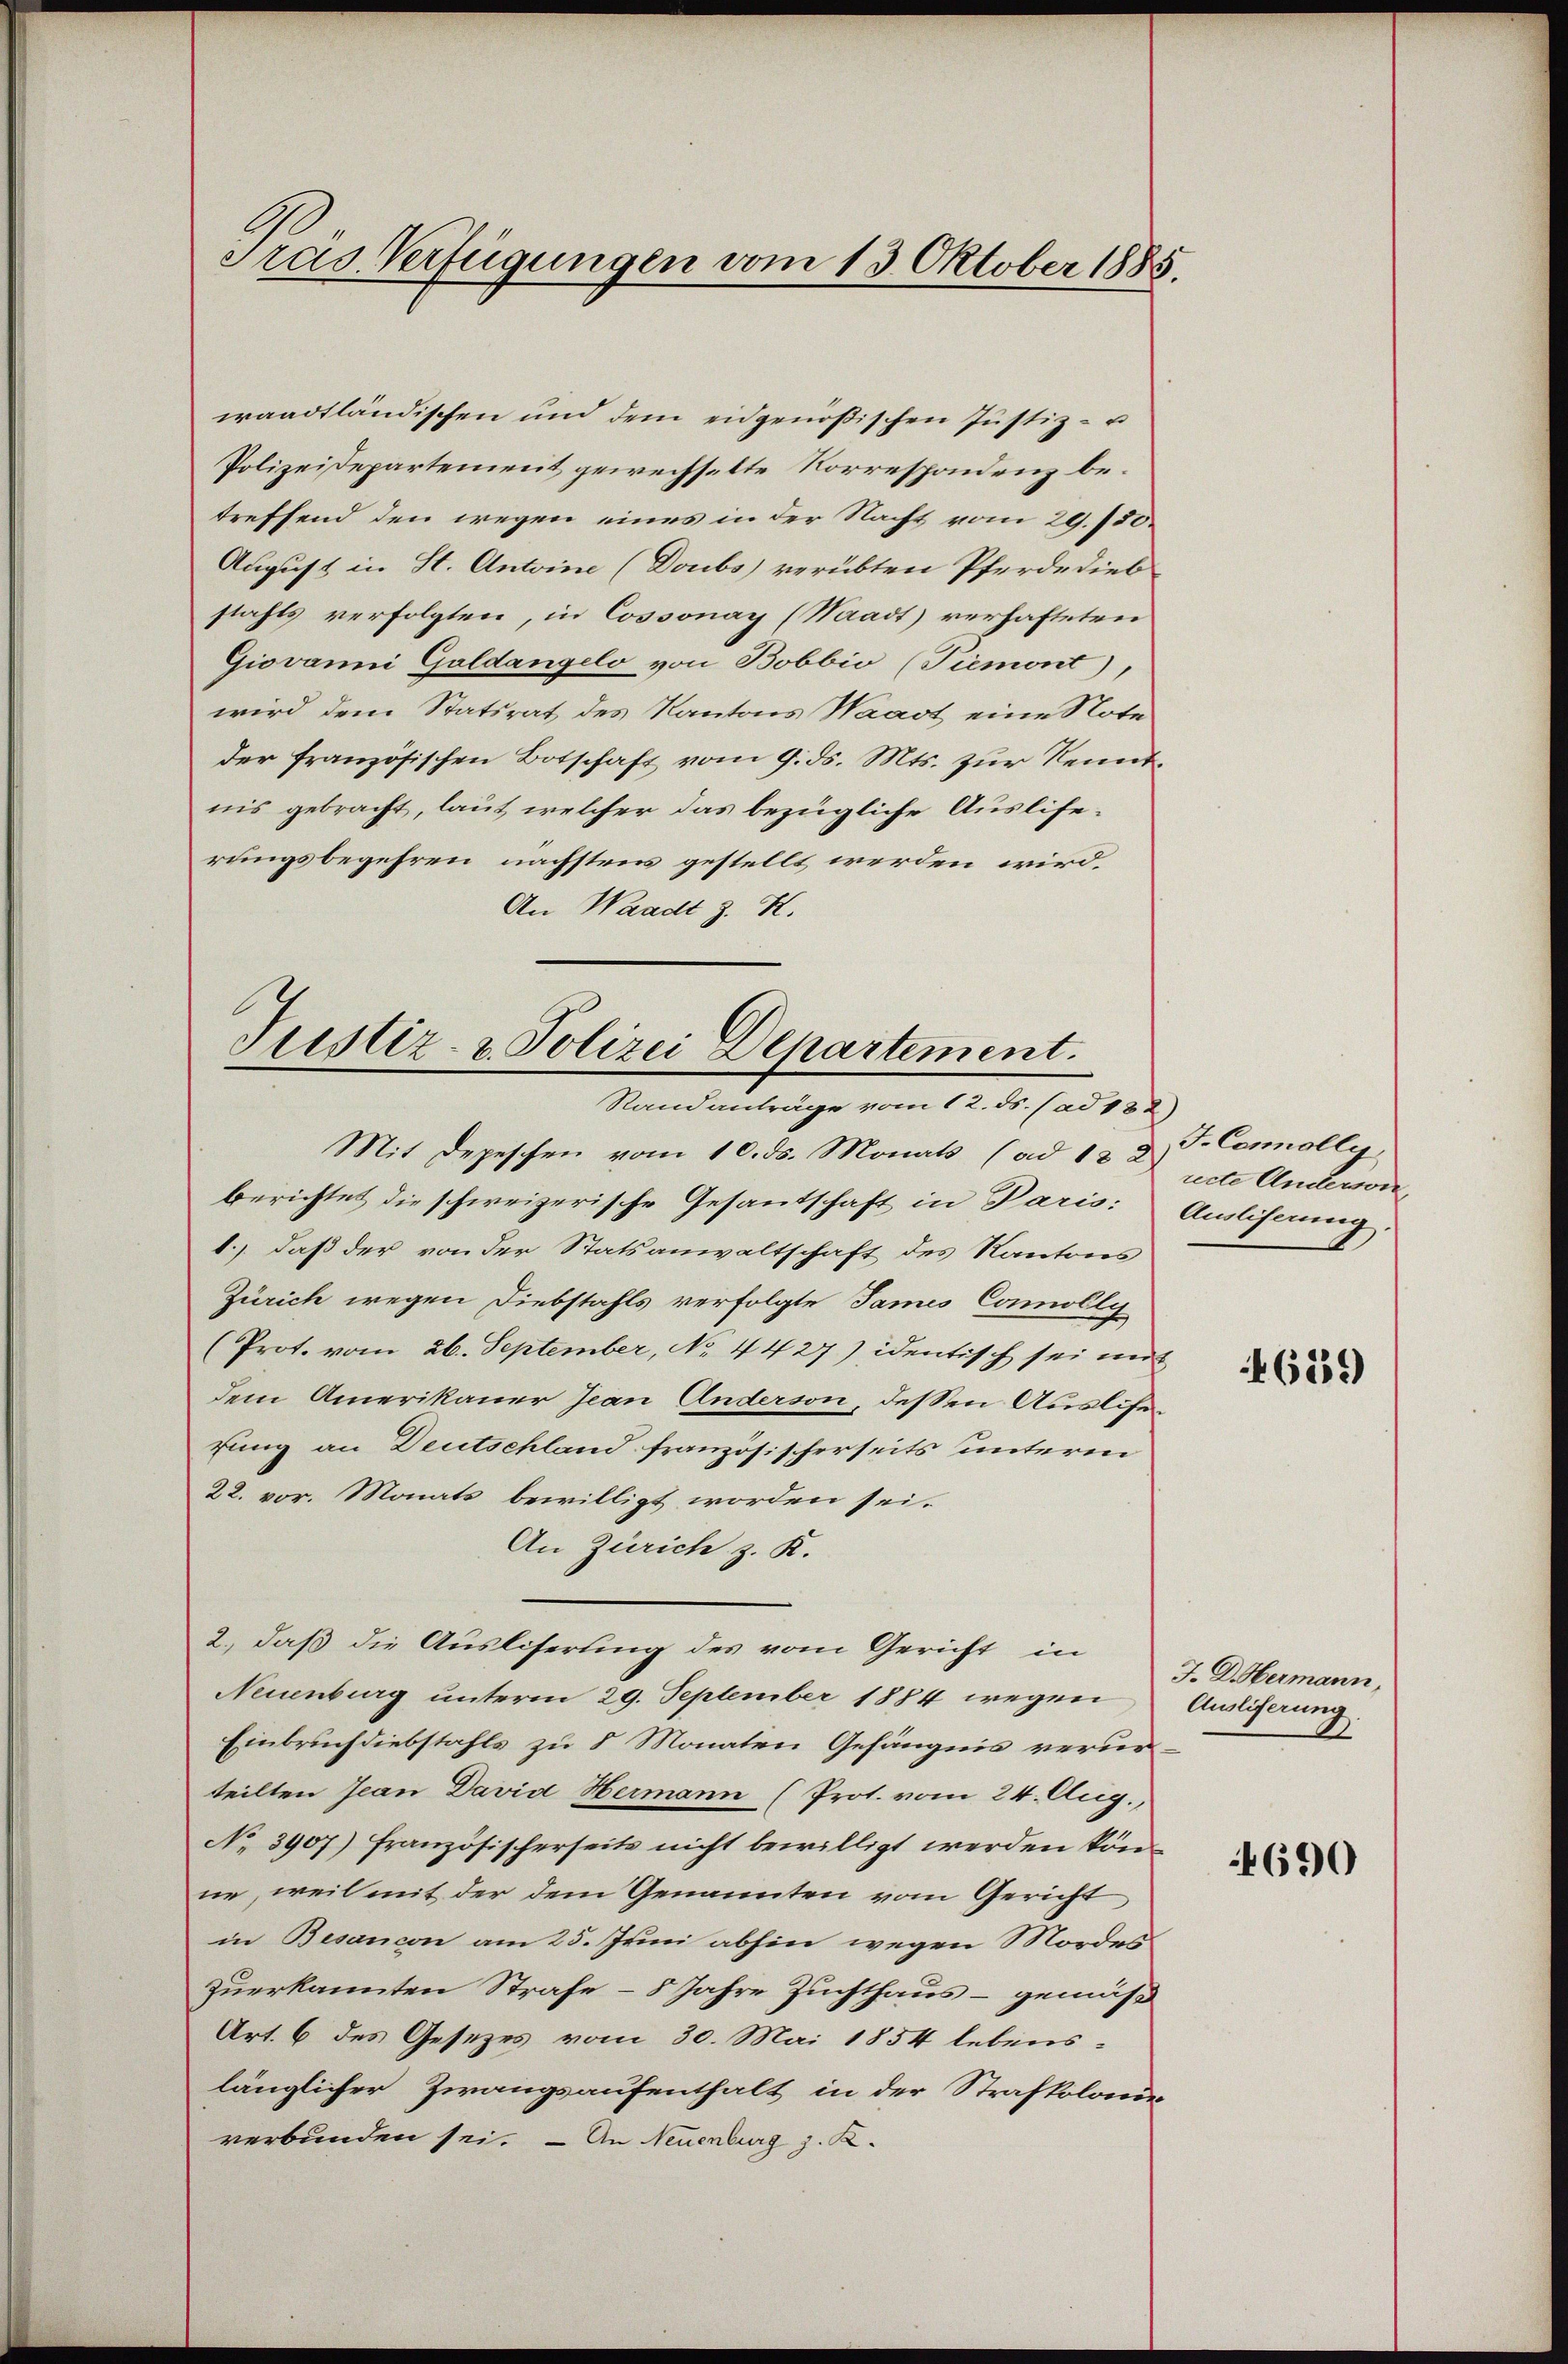
Tras. Verfügungen vom 13. Oktober 1885.

waadtländischen und dem eidgenößischen Jŭstiz- u
Polizeidepartement gewechselte Korrespondenz betreffend den wegen eines in der Nacht vom 29. 750.
August in St. Antoine (Doubs verübten Pferde diebstahls verfolgten, in Cossonay (Waadt) verhafteten
Giovanni Goldangelo von Bobbio (Piemont),
wird dem Statsrat des Kantons Waadt eine Note
der französischen Botschaft vom 9. ds. Mts. zur Kenntnis gebracht, laut, welcher das bezügliche Ausliferungsbegehren nächstens gestellt werden wird.
An Waadt z. K.

Justiz- & Polizei Departement.
Randanträge vom 12. ds. (ad 182)

2., daß die Ausliserung des vom Gericht in

Mit Depeschen vom 10. ds. Monats (ad 12 d. J. Carolle
berichtet die schweizerische Gesantschaft in Paris: Ausliserung
1.) daß der von der Statsanwaltschaft des Kantons
Zürich wegen Diebstahls verfolgte James Connolly
(Prot. vom 26. September, No. 4427) identisch sei mit
dem Amerikauer Jean Anderson, dessen Ausliefung an Deutschland französischerseits unterm
22. vor. Monats bewilligt worden sei.
An Zürich z. K.
Neuenburg unterm 29. September 1884 wegen
Einbruch diebstahls zu 8 Monaten Gefängnis verurteilten Jean David Hermann (Prot. vom 24. Aug.,
No 3907) Französischerseits nicht bewilligt werden könne, weil mit der dem Genannten vom Gericht
in Besancon am 25. Juni abhin wegen Mordes
zuerkannten Strafe – 8 Jahre Zuchthaus – gemäß
Art. 6 des Gesetzes vom 30. Mai 1854 lebenslänglicher Zwangsaufenthalt in der Strafkolaus
verbunden sei. — An Neuenburg z. K

ndte Antwor

4659

J. D. Hermann,
Auslieferung.

690